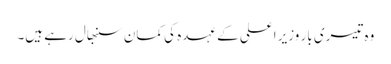
وہ تیسری بار وزیر اعلی کے عہدہ کی کمان سنبھال رہے ہیں۔